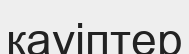
қауіптер